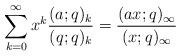
LaTeX: \begin{align*}\sum_{ k = 0 }^\infty x^k \frac{(a; q )_k }{ (q ;q )_k} = \frac{(ax; q )_\infty}{(x; q)_\infty}\end{align*}